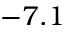
- 7 . 1